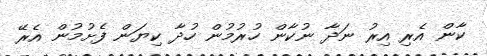
ކާން އެރި އިރު ނަދާ ނުކާން ހުރުމުން ހުދާ ކިޔަން ފެށުމުން އެރޭ